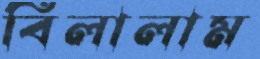
বিলালাম